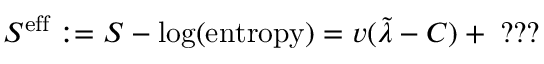
S ^ { \mathrm { e f f } } : = S - \log ( \mathrm { e n t r o p y } ) = v ( \tilde { \lambda } - C ) + \; ? ? ?